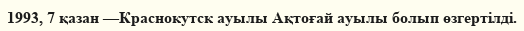
1993, 7 қазан —Краснокутск ауылы Ақтоғай ауылы болып өзгертілді.